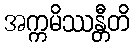
အက္ကမိဿန္တီတိ